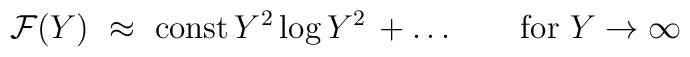
{\cal F}(Y)~\approx~\mbox{const} \, Y^2  \log {Y^2}  \, +\ldots \qquad\mbox{for }Y\to\infty